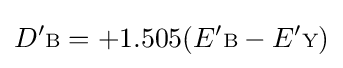
D'{\scriptstyle {\text{B}}}=+1.505(E'{\scriptstyle {\text{B}}}-E'{\scriptstyle {\text{Y}}})